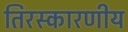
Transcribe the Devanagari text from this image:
तिरस्कारणीय